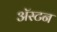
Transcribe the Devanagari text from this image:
अॅस्टन